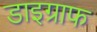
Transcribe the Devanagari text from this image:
डाइग्राफ